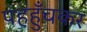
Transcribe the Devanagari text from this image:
पहहुँचकर